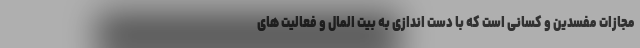
مجازات مفسدین و کسانی است که با دست اندازی به بیت المال و فعالیت های